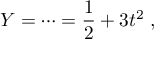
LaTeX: Y = \cdots = { \frac { 1 } { 2 } } + 3 t ^ { 2 } \; ,